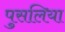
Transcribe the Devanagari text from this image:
पुसलिया